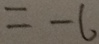
= - 6